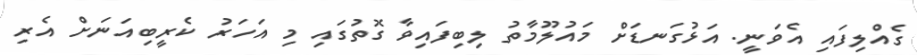
ގެއްލިފައި އެވަނީ. އަޅުގަނޑަށް މައުލޫމާތު ލިބިފައިވާ ގޮތުގައި މި އަހަރު ކެރީބިއަނަށް އެރި